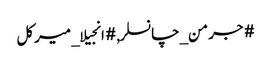
#جرمن_چانسلر, #انجیلا_میرکل